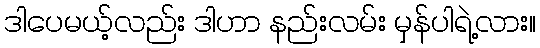
ဒါပေမယ့်လည်း ဒါဟာ နည်းလမ်း မှန်ပါရဲ့လား။